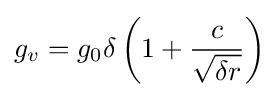
g_{v}=g_{0}\delta \left(1+{c \over {\sqrt {\delta r}}}\right)